Indian journal of veterinary science and animal husbandry - Volume 14,
Year: 1944
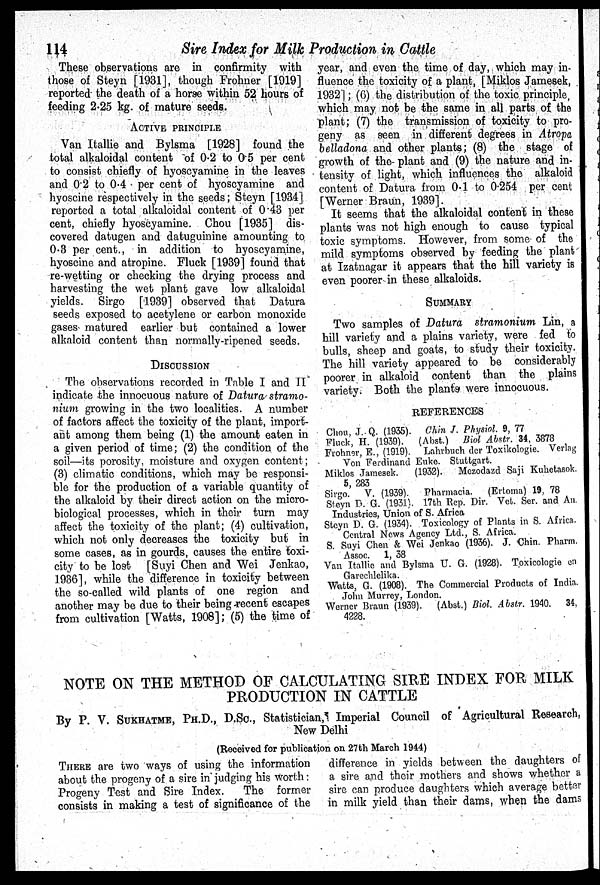
114
Sire Index for Milk Production in Cattle
These observations are in confirmity with
those of Steyn [1931], though Frohner [1919]
reported the death of a horse within 52 hours of
feeding 2.25 kg. of mature seeds.
ACTIVE PRINCIPLE
Van Itallie and Bylsma [1928] found the
total alkaloidal content of 0.2 to 0.5 per cent
to consist chiefly of hyoscyamine in the leaves
and 0.2 to 0.4 . per cent of hyoscyamine and
hyoscine respectively in the seeds; Steyn [1934]
reported a total alkaloidal content of 0.43 per
cent, chiefly hyoscyamine. Chou [1935] dis-
covered datugen and datuguinine amounting to
0.3 per cent., in addition to hyoscyamine,
hyoscine and atropine. Fluck [1939] found that
re-wetting or checking the drying process and
harvesting the wet plant gave low alkaloidal
yields. Sirgo [1939] observed that Datura
seeds exposed to acetylene or carbon monoxide
gases matured earlier but contained a lower
alkaloid content than normally-ripened seeds.
DISCUSSION
The observations recorded in Table I and II
indicate the innocuous nature of Datura stramo-
nium growing in the two localities. A number
of factors affect the toxicity of the plant, import-
ant among them being (1) the amount eaten in
a given period of time; (2) the condition of the
soil—its porosity, moisture and oxygen content;
(3) climatic conditions, which may be responsi-
ble for the production of a variable quantity of
the alkaloid by their direct action on the micro-
biological processes, which in their turn may
affect the toxicity of the plant; (4) cultivation,
which not only decreases the toxicity but in
some cases, as in gourds, causes the entire toxi-
city to be lost [Suyi Chen and Wei Jenkao,
1936], while the difference in toxicity between
the so-called wild plants of one region and
another may be due to their being recent escapes
from cultivation [Watts, 1908]; (5) the time of
year, and even the time of day, which may in-
fluence the toxicity of a plant, [Miklos Jamesek,
1932]; (6) the distribution of the toxic principle,
which may not be the same in all parts of the
plant; (7) the transmission of toxicity to pro-
geny as seen in different degrees in Atropa
belladona and other plants; (8) the stage of
growth of the plant and (9) the nature and in-
tensity of light, which influences the alkaloid
content of Datura from 0.1 to 0.254 per cent
[Werner Braun, 1939].
It seems that the alkaloidal content in these
plants was not high enough to cause typical
toxic symptoms. However, from some of the
mild symptoms observed by feeding the plant
at Izatnagar it appears that the hill variety is
even poorer in these alkaloids.
SUMMARY
Two samples of Datura stramonium Lin, a
hill variety and a plains variety, were fed to
bulls, sheep and goats, to study their toxicity.
The hill variety appeared to be considerably
poorer in alkaloid content than the plains
variety. Both the plants were innocuous.
REFERENCES
Chou, J. Q. (1935). Chin J. Physiol. 9, 77
Fluck, H. (1939). (Abst.) Biol Abstr. 34, 3878
Frohner, E., (1919). Lahrbuch der Toxikologie. Verlag
Von Ferdinand Euke. Stuttgart.
Miklos Jamesek.
(1932).
Mezodazd Saji Kuhetasok.
5, 283
Sirgo. V. (1939). Pharmacia.
(Ertoma) 19, 78
Steyn D. G. (1931). 17th Rep. Dir. Vet. Ser. and An.
Industries, Union of S. Africa
Steyn D. G. (1934). Toxicology of Plants in S. Africa.
Central News Agency Ltd., S. Africa.
S. Suyi Chen & Wei Jenkao (1936). J. Chin. Pharm.
Assoc. 1, 38
Van Itallic and Bylsma U. G. (1928). Toxicologie en
Garechlelika.
Watts, G. (1908). The Commercial Products of India.
John Murrey, London.
Werner Braun (1939). (Abst.) Biol. Abstr. 1940. 34,
4228.
NOTE ON THE METHOD OF CALCULATING SIRE INDEX FOR MILK
PRODUCTION IN CATTLE
By P. V. SUKHATME, PH.D., D.Sc., Statistician, Imperial Council of Agricultural Research,
New Delhi
(Received for publication on 27th March 1944)
THERE are two ways of using the information
about the progeny of a sire in judging his worth:
Progeny Test and Sire Index.
The former
consists in making a test of significance of the
difference in yields between the daughters of
a sire and their mothers and shows whether a
sire can produce daughters which average better
in milk yield than their dams, when the dams,